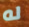
له